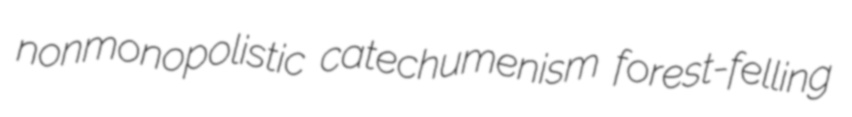
nonmonopolistic catechumenism forest-felling